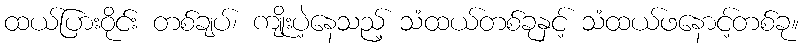
ထယ်ပြားဝိုင်း တစ်ချပ်၊ ကျိုးပဲ့နေသည့် သံထယ်တစ်ခုနှင့် သံထယ်ဖနောင့်တစ်ခု။